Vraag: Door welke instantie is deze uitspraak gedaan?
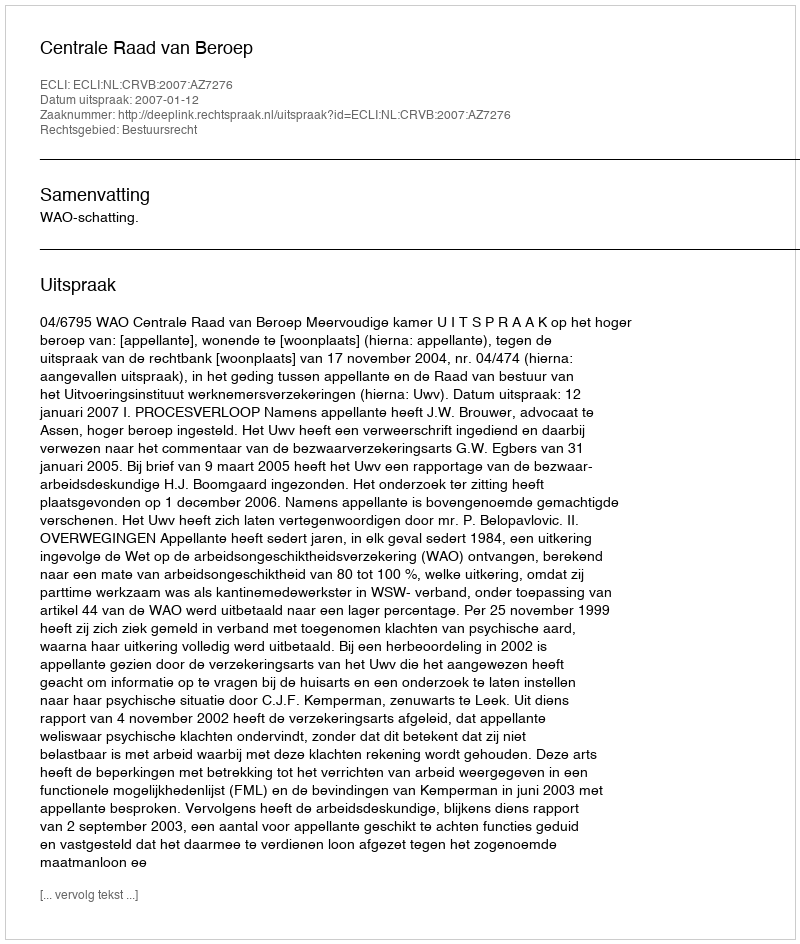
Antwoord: Centrale Raad van Beroep